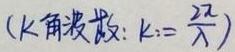
$(k角波数:k:=\frac {2\pi }{\lambda })$